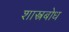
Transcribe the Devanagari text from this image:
शास्त्रबोध